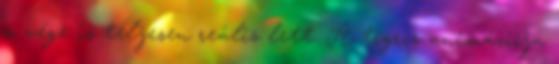
a vége is teljesen reális lett. A tigris animációja